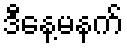
ဒီနေ့မနက်